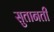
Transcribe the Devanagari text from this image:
सुतानती